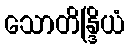
သောတိန္ဒြိယံ